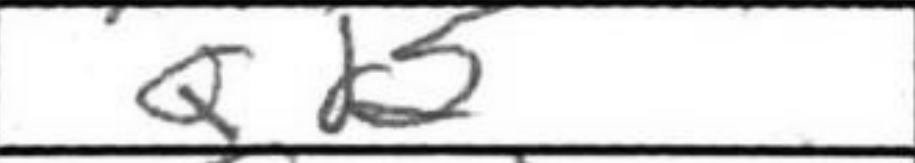
Transcription: Qd2